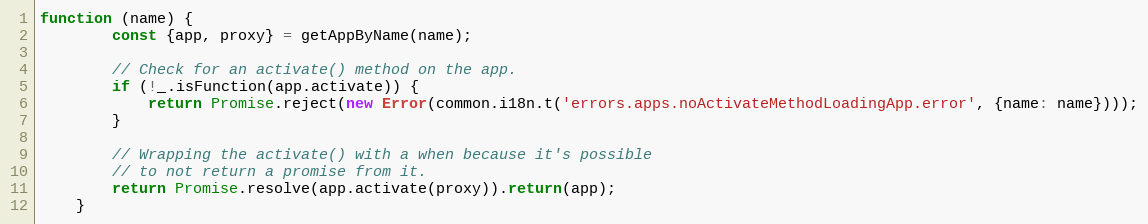
Language: JavaScript
function (name) {
        const {app, proxy} = getAppByName(name);

        // Check for an activate() method on the app.
        if (!_.isFunction(app.activate)) {
            return Promise.reject(new Error(common.i18n.t('errors.apps.noActivateMethodLoadingApp.error', {name: name})));
        }

        // Wrapping the activate() with a when because it's possible
        // to not return a promise from it.
        return Promise.resolve(app.activate(proxy)).return(app);
    }